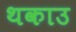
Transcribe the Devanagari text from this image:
थकाउ